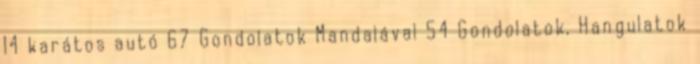
14 karátos autó 67 Gondolatok Mandalával 54 Gondolatok, Hangulatok